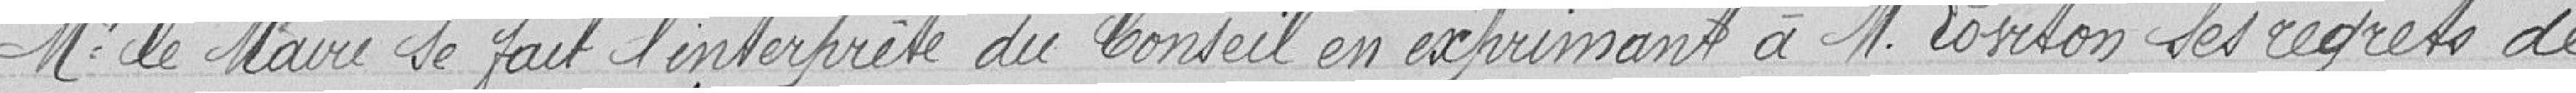
Mr le Maire se fait l’interprète du Conseil en exprimant à M. Loviton ses regrets de